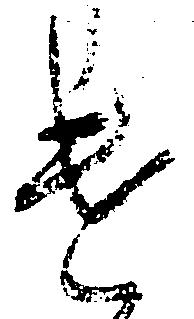
遣